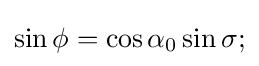
\sin \phi =\cos \alpha _{0}\sin \sigma ;